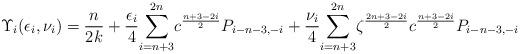
LaTeX: \begin{align*} \Upsilon_i(\epsilon_i,\nu_i) &= \frac{n}{2k} +\frac{\epsilon_i }{4} \displaystyle{\sum_{i=n+3}^{2n}}c^{\frac{n+3-2i}{2}} P_{i-n-3,-i} + \frac{\nu_i}{4}\displaystyle{\sum_{i=n+3}^{2n}}\zeta^{\frac{2n+3-2i}{2}}c^{\frac{n+3-2i}{2}} P_{i-n-3,-i} \\ \end{align*}